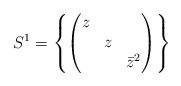
\begin{align*}S^1=\left\{\begin{pmatrix}z &&\\& z &\\&& \bar{z}^2\end{pmatrix}\right\}\end{align*}